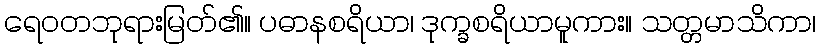
ရေဝတဘုရားမြတ်၏။ ပဓာနစရိယာ၊ ဒုက္ခစရိယာမူကား။ သတ္တမာသိကာ၊